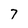
Character: 7